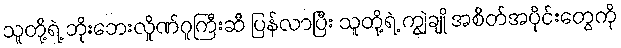
သူတို့ရဲ့ ဘိုးဘေးလှိုဏ်ဂူကြီးဆီ ပြန်လာပြီး သူတို့ရဲ့ ကျွဲချို အစိတ်အပိုင်းတွေကို